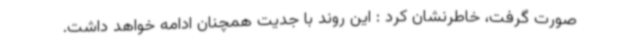
صورت گرفت، خاطرنشان کرد : این روند با جدیت همچنان ادامه خواهد داشت.